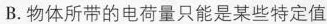
B.物体所带的电荷量只能是某些特定值